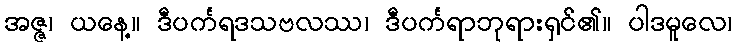
အဇ္ဇ၊ ယနေ့။ ဒီပင်္ကရဒသဗလဿ၊ ဒီပင်္ကရာဘုရားရှင်၏။ ပါဒမူလေ၊